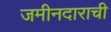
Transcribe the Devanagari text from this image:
जमीनदाराची